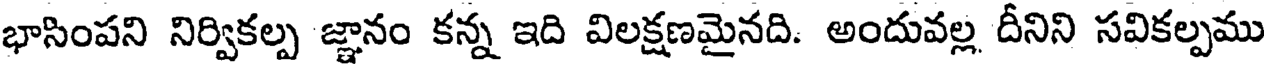
భాసింపని నిర్వికల్ప జ్ఞానం కన్న ఇది విలక్షణమైనది. అందువల్ల దీనిని సవికల్పము